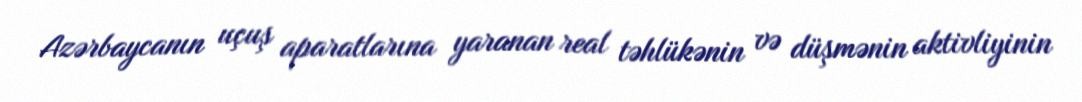
Azərbaycanın uçuş aparatlarına yaranan real təhlükənin və düşmənin aktivliyinin